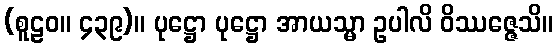
(စူဠဝ။ ၄၃၉)။ ပုဋ္ဌော ပုဋ္ဌော အာယသ္မာ ဥပါလိ ဝိဿဇ္ဇေသိ။